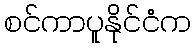
စင်ကာပူနိုင်ငံက